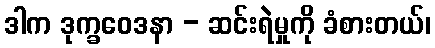
ဒါက ဒုက္ခဝေဒနာ - ဆင်းရဲမှုကို ခံစားတယ်၊